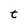
Character: t